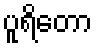
ပူရိတော